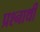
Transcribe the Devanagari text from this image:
प्रश्नार्थी